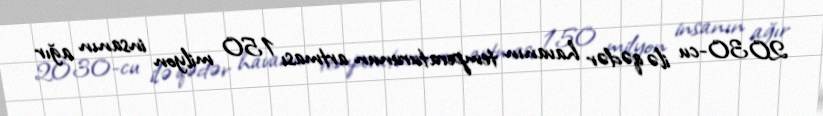
2030-cu ilə qədər havanın temperaturunun artması 150 milyon insanın ağır